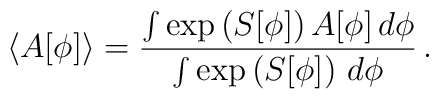
\langle A[\phi] \rangle = \frac{\int\exp\left(S[\phi]\right)A[\phi]\,d\phi}{\int\exp\left(S[\phi]\right)\,d\phi}\,.